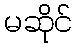
မဆိုင်